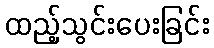
ထည့်သွင်းပေးခြင်း